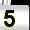
Digit: 5